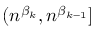
( n ^ { \beta _ { k } } , n ^ { \beta _ { k - 1 } } ]